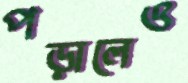
পড়ালেও